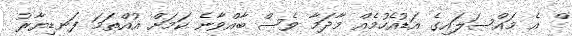
ް އެ މައްސަލައިގެ އަޑުއެހުމެއް މާދަމާ ވެސް ބާއްވާނެ ކަމަށް އުއްތަމަ ފަނޑިޔާރު